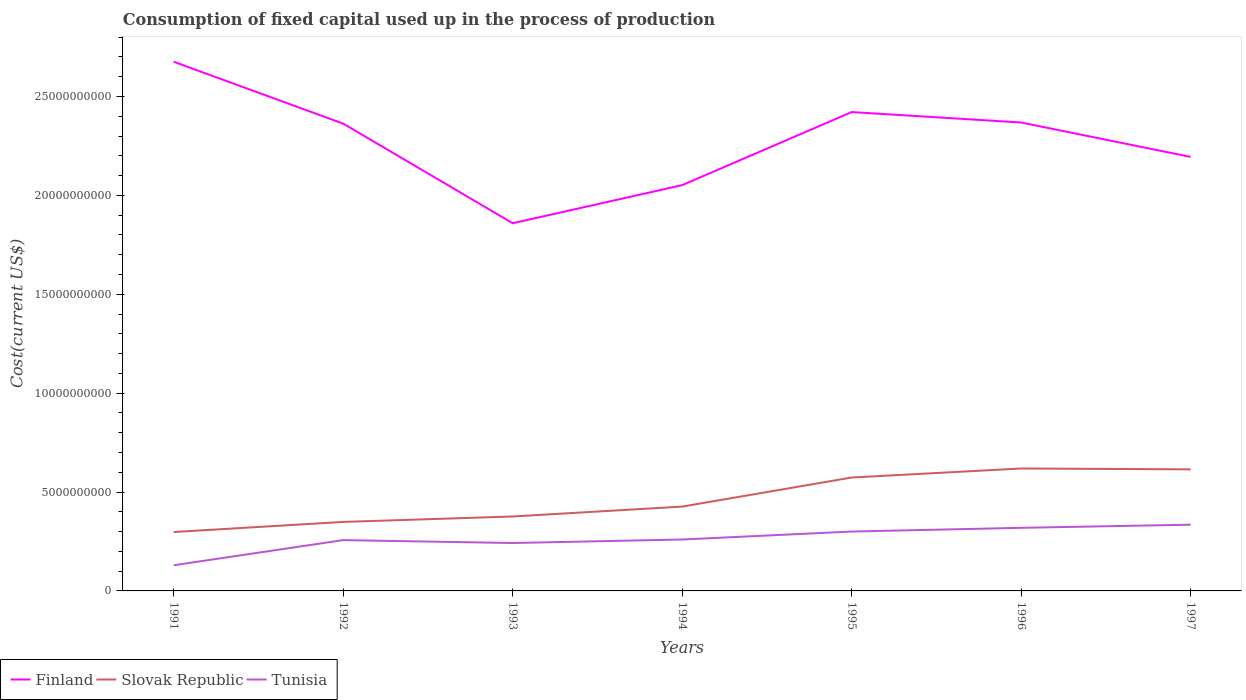
| Years | Finland | Slovak Republic | Tunisia |
 | --- | --- | --- | --- |
 | 1991 | 2.68e+10 | 2.98e+09 | 1.3e+09 |
 | 1992 | 2.36e+10 | 3.49e+09 | 2.57e+09 |
 | 1993 | 1.86e+10 | 3.76e+09 | 2.42e+09 |
 | 1994 | 2.05e+10 | 4.26e+09 | 2.6e+09 |
 | 1995 | 2.42e+10 | 5.73e+09 | 3e+09 |
 | 1996 | 2.37e+10 | 6.19e+09 | 3.19e+09 |
 | 1997 | 2.19e+10 | 6.15e+09 | 3.35e+09 |